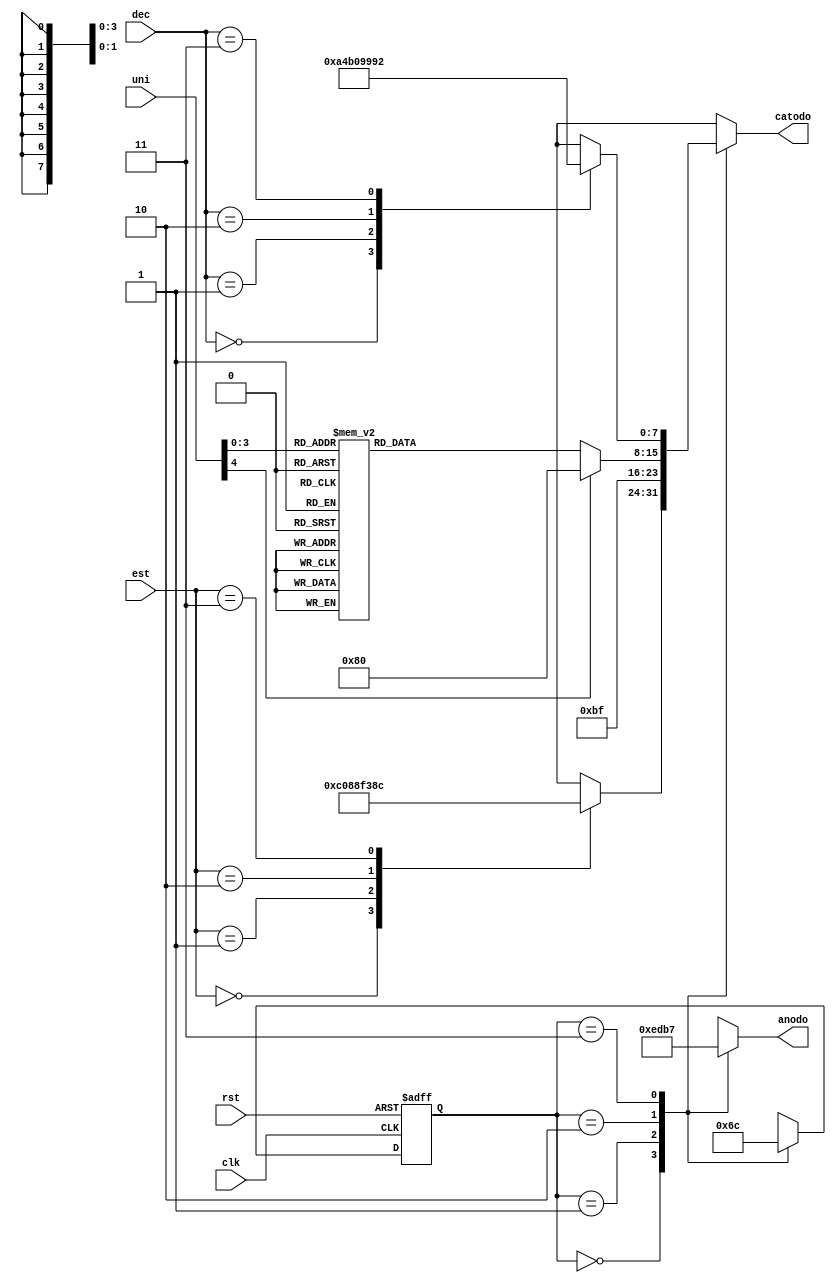
`timescale 1ns / 1ps
//////////////////////////////////////////////////////////////////////////////////
// Company: 
// 
// Design Name: 
// Module Name:    FMS_Display 
// Project Name: 
// Target Devices: 
// Tool versions: 
// Description: 
//
// Dependencies: 
//
// Revision: 
// Revision 0.01 - File Created
// Additional Comments: 
//
//////////////////////////////////////////////////////////////////////////////////
//Maquina de estados de control del display de 7 segmentos
module FMS_Display(input wire clk,
		input wire rst,
		input wire [1:0] est, //Salida del sistema que indica el estado del sistema
		input wire [4:0] uni, //Dato de unidades de temperatura
		input wire [1:0] dec, //Dato de decenas de la temperatura
		output reg [3:0] anodo, //Salida a los anodos del display
		output reg [7:0] catodo //Salida a los ctodos del display
		//output reg [1:0] sel 
    );

//Declaracin simbolidca de estados	 
localparam State_0 = 2'd0, 
			  State_1 = 2'd1, 
			  State_2 = 2'd2,
			  State_3 = 2'd3;

reg [1:0] Est_act;
reg [1:0] Est_sig;

//Salidas del sistema
always @ *
begin
	case (Est_act)
		State_0: begin
			anodo <= 4'b1110;
			case(est)      // en el primer display se despliega el estado en que se encuentra el sistema
			2'b00 : catodo = 8'b11000000; //Si el estado en de no peligro o alerta despliega un cero
			2'b01 : catodo = 8'b10001000; //Si el estado es de alerta despliega una A
			2'b10 : catodo = 8'b11110011; 
			2'b11 : catodo = 8'b10001100; //Si el estado es de peligro despliega una P
			default : catodo = 8'b11000000;
			endcase
		end
		State_1: begin //Segundo display se imprime un guin
			anodo <= 4'b1101;
			 catodo=8'b10111111;
		end
		
		State_2: begin //Evalua las unidades de temperatura y despliega el numero 
			anodo <= 4'b1011;
			case(uni)
			5'b0000 : catodo = 8'b11000000;
			5'b0001 : catodo = 8'b11111001;
			5'b0010 : catodo = 8'b10100100;
			5'b0011 : catodo = 8'b10110000;
			5'b0100 : catodo = 8'b10011001;
			5'b0101 : catodo = 8'b10010010;
			5'b0110 : catodo = 8'b10000010;
			5'b0111 : catodo = 8'b11111000;
			5'b1000 : catodo = 8'b10000000;
			5'b1001 : catodo = 8'b10010000;
			default : catodo = 8'b10000000;
			endcase
		end
		
		State_3: begin //Evalua las decenas de temperatura y despliega el numero 
			anodo <= 4'b0111;
			case(dec)
			2'b00 : catodo = 8'b10100100;
			2'b01 : catodo = 8'b10110000;
			2'b10 : catodo = 8'b10011001;
			2'b11 : catodo = 8'b10010010;
			endcase
		end
		
	endcase
end

//Actualizacin de estado
always @ (posedge clk or posedge rst)
begin
	if (rst) Est_act <= State_0;
	else Est_act <= Est_sig;
end

//Declaracin de estado siguiente
always @ *
begin
	Est_sig = Est_act;
	case (Est_act)
	
		State_0: begin 
			Est_sig = State_1;
		end
		
		State_1: begin
			Est_sig = State_2;
		end
		
		State_2: begin
			Est_sig = State_3;
		end
		
		State_3: begin 
			Est_sig = State_0; 
		end

	endcase
end

endmodule